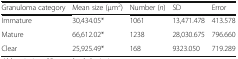
<table><thead><tr><td><b>Granuloma category</b></td><td><b>Mean size (μm<sup>2</sup>)</b></td><td><b>Number (<i>n</i>)</b></td><td><b>SD</b></td><td><b>Error</b></td></tr></thead><tbody><tr><td>Immature</td><td>30,434.05*</td><td>1061</td><td>13,471.478</td><td>413.578</td></tr><tr><td>Mature</td><td>66,612.02*</td><td>1238</td><td>28,030.675</td><td>796.660</td></tr><tr><td>Clear</td><td>25,925.49*</td><td>168</td><td>9323.050</td><td>719.289</td></tr></tbody></table>